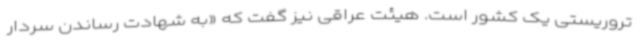
تروریستی یک کشور است. هیئت عراقی نیز گفت که «به شهادت رساندن سردار